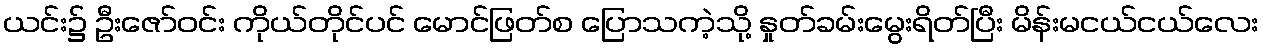
ယင်း၌ ဦးဇော်ဝင်း ကိုယ်တိုင်ပင် မောင်ဖြတ်စ ပြောသကဲ့သို့ နှုတ်ခမ်းမွေးရိတ်ပြီး မိန်းမငယ်ငယ်လေး